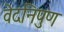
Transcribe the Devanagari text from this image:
वेदनिपुण